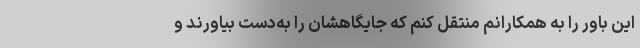
این باور را به همکارانم منتقل کنم که جایگاهشان را به‌دست بیاورند و